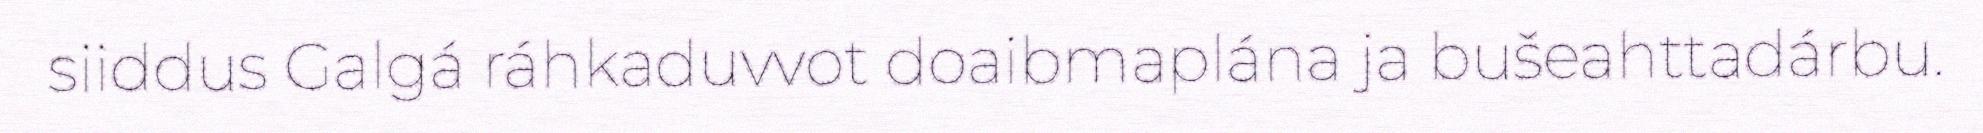
siiddus Galgá ráhkaduvvot doaibmaplána ja bušeahttadárbu.